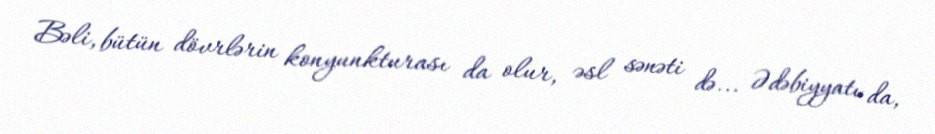
Bəli, bütün dövrlərin konyunkturası da olur, əsl sənəti də... Ədəbiyyatı da,